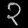
Digit: ၃